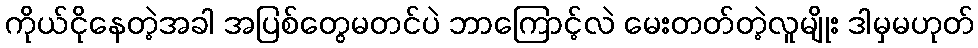
ကိုယ်ငိုနေတဲ့အခါ အပြစ်တွေမတင်ပဲ ဘာကြောင့်လဲ မေးတတ်တဲ့လူမျိုး ဒါမှမဟုတ်